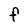
Character: F